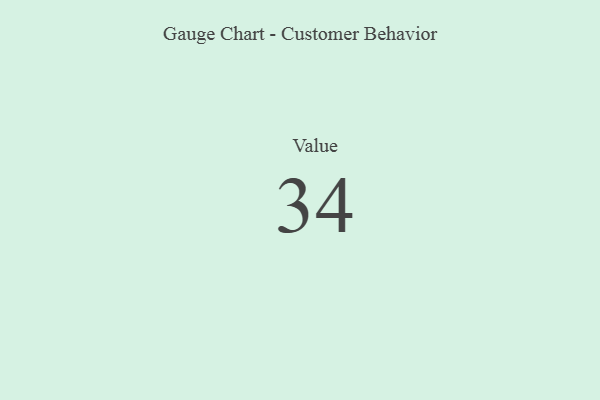
{"axis": {"x": "Metric", "y": "Value"}, "legend": [""], "data": [{"x": "Value", "y": 34, "type": ""}]}